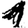
Digit: 1